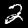
Label: 2